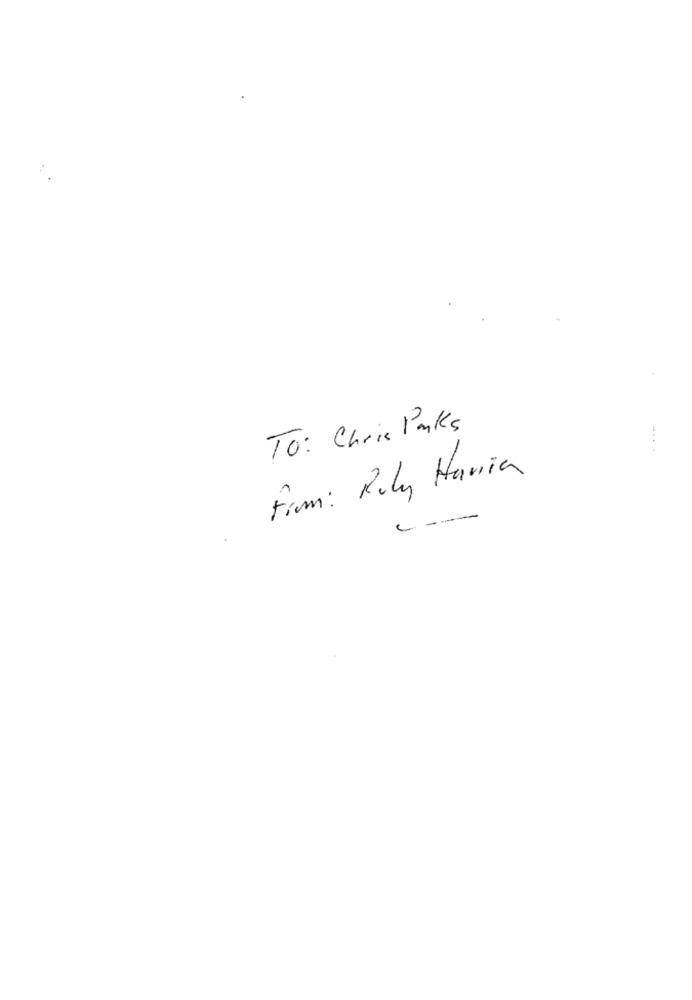
To: Chris Parks
From: Roly Hania